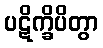
ပဋိက္ခိပိတွာ